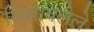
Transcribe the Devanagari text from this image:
स्थिरावलेले